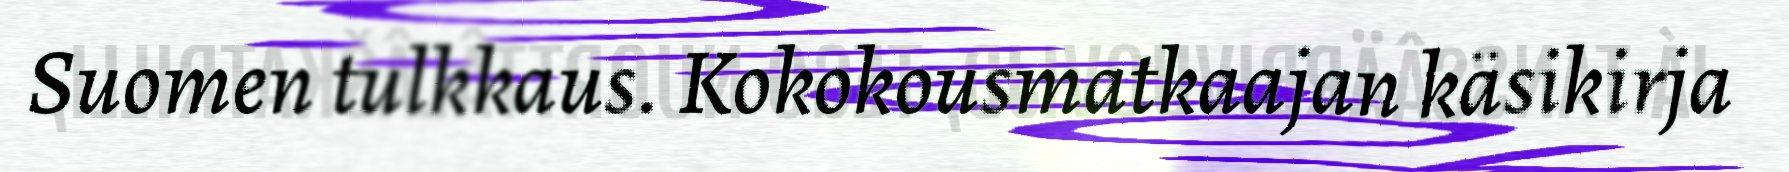
Suomen tulkkaus. Kokokousmatkaajan käsikirja